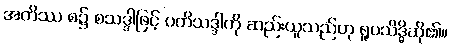
အတိဿ စ၌ စသဒ္ဒါဖြင့် ပတိသဒ္ဒါကို ဆည်းယူသည်ဟု ရူပသိဒ္ဓိဆို၏။